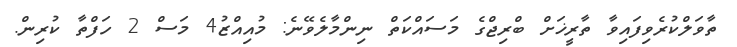
ތާވަލްކުރެވިފައިވާ ތާރީޚަށް ބްރިޖްގެ މަސައްކަތް ނިންމާލެވޭނެ: މުއިއްޒު4 މަސް 2 ހަފްތާ ކުރިން.